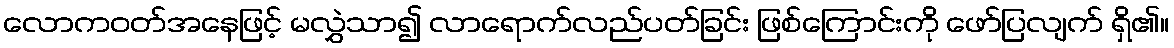
လောကဝတ်အနေဖြင့် မလွှဲသာ၍ လာရောက်လည်ပတ်ခြင်း ဖြစ်ကြောင်းကို ဖော်ပြလျက် ရှိ၏။